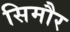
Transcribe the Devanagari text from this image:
सिमौर